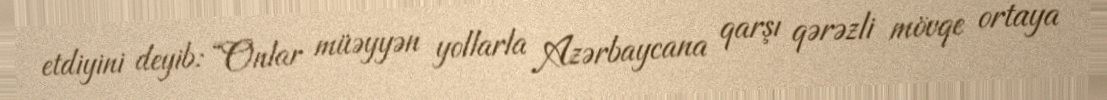
etdiyini deyib: “Onlar müəyyən yollarla Azərbaycana qarşı qərəzli mövqe ortaya